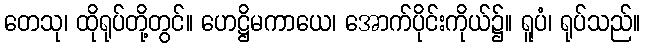
တေသု၊ ထိုရုပ်တို့တွင်။ ဟေဋ္ဌိမကာယေ၊ အောက်ပိုင်းကိုယ်၌။ ရူပံ၊ ရုပ်သည်။